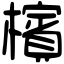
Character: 檳